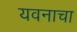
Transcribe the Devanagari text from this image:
यवनाचा